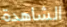
الشاهدة